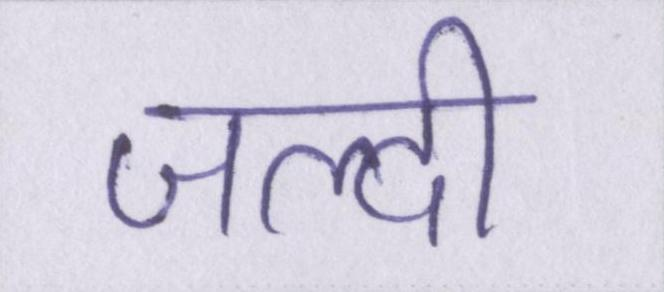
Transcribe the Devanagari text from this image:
जल्दी